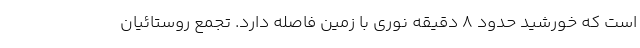
است که خورشید حدود ۸ دقیقه نوری با زمین فاصله دارد. تجمع روستائیان